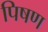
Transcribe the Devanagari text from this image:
पिषण